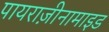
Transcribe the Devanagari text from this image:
पायराज़ीनामाइड